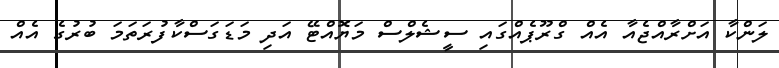
ލަންކާ އަށްރާއްޖެއާ އެއް ގްރޫޕެއްގައި ސީޝެލްސް މަޔޮއްޓޭ އަދި މަޑަަގަސްކާފުރަތަމަ ބުރުގެ އެއް